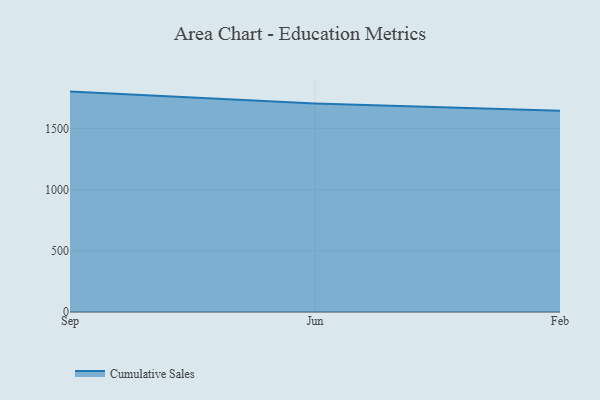
{"axis": {"x": "Month", "y": "Website Visitors"}, "legend": ["Cumulative Sales"], "data": [{"x": "Sep", "y": 1802.0, "type": "Cumulative Sales"}, {"x": "Jun", "y": 1703.7, "type": "Cumulative Sales"}, {"x": "Feb", "y": 1645.1, "type": "Cumulative Sales"}]}